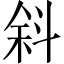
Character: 斜